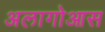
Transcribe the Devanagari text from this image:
अलागोआस